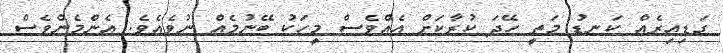
ގަޑިއިރެެއް ކަނޑު މަތީ ހޭދަ ކުރާކަށް އެއްވެސް މީހަކު ބޭނުމެއް ނުވެއެވެ. އެންމެންވެސް